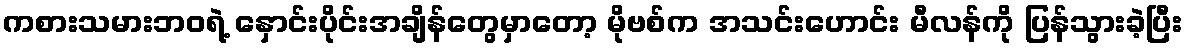
ကစားသမားဘဝရဲ့ နှောင်းပိုင်းအချိန်တွေမှာတော့ မိုဗစ်က အသင်းဟောင်း မီလန်ကို ပြန်သွားခဲ့ပြီး